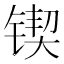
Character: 锲